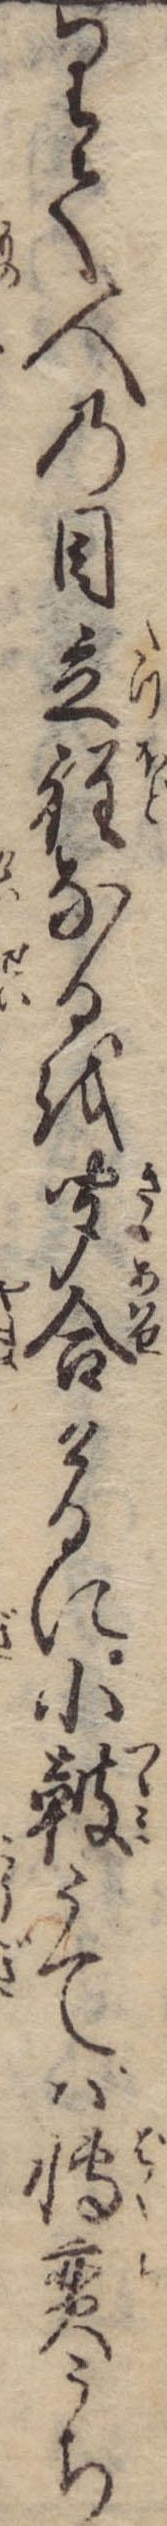
りて人の目立程なるを聞合けるに小鼓うてば博奕うち